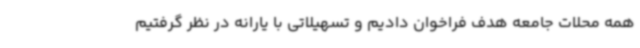
همه محلات جامعه هدف فراخوان دادیم و تسهیلاتی با یارانه در نظر گرفتیم